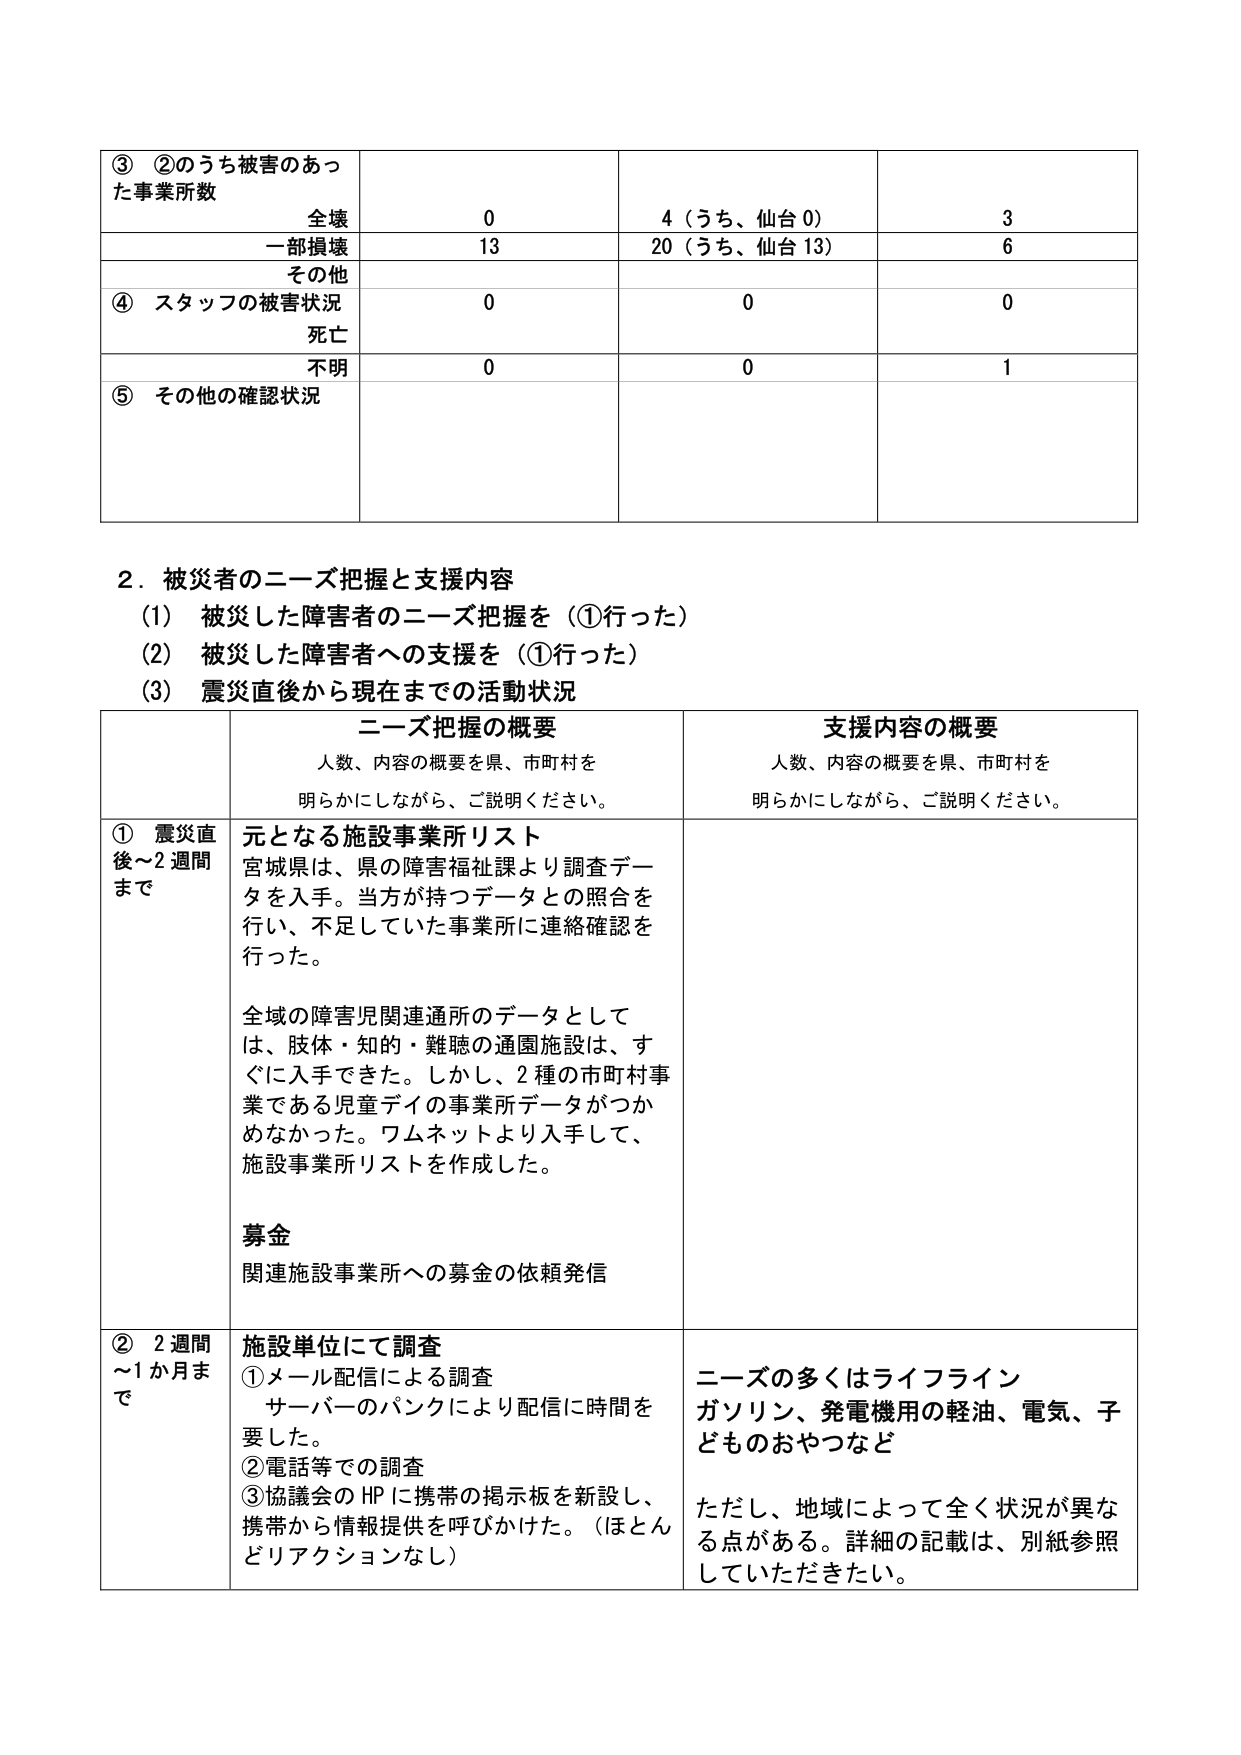
③ ②のうち被害のあった事業所数
全壊 0 4（うち、仙台0） 3
一部損壊 13 20（うち、仙台13） 6
その他
④ スタッフの被害状況
死亡 0 0 0
不明 0 0 1
⑤ その他の確認状況

2．被災者のニーズ把握と支援内容
(1) 被災した障害者のニーズ把握を（①行った）
(2) 被災した障害者への支援を（①行った）
(3) 震災直後から現在までの活動状況

ニーズ把握の概要
人数、内容の概要を県、市町村を
明らかにしながら、ご説明ください。

支援内容の概要
人数、内容の概要を県、市町村を
明らかにしながら、ご説明ください。

① 震災直後～2週間まで
元となる施設事業所リスト
宮城県は、県の障害福祉課より調査データを入手。当方が持つデータとの照合を行い、不足していた事業所に連絡確認を行った。
全域の障害児関連通所のデータとしては、肢体・知的・難聴の通園施設は、すぐに入手できた。しかし、2種の市町村事業である児童デイの事業所データがつかめなかった。ワムネットより入手して、施設事業所リストを作成した。
募金
関連施設事業所への募金の依頼発信

② 2週間～1か月まで
施設単位にて調査
①メール配信による調査
サーバーのパンクにより配信に時間を要した。
②電話等での調査
③協議会のHPに携帯の掲示板を新設し、携帯から情報提供を呼びかけた。（ほとんどリアクションなし）

ニーズの多くはライフライン
ガソリン、発電機用の軽油、電気、子どものおやつなど
ただし、地域によって全く状況が異なる点がある。詳細の記載は、別紙参照していただきたい。